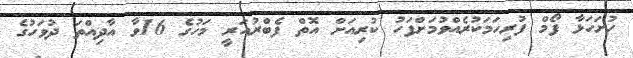
ހުށަހަޅާ ފޯމް ފުރިހަމަކުރެއްވުމަށްފަހު ކުރިއަށް އޮތް ފެބްރުއަރީ މަހުގެ 16ވާ އާދިއްތަ ދުވަހުގެ